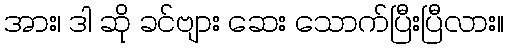
အား၊ ဒါ ဆို ခင်ဗျား ဆေး သောက်ပြီးပြီလား။